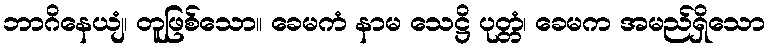
ဘာဂိနေယျံ၊ တူဖြစ်သော။ ခေမကံ နာမ သေဋ္ဌိ ပုတ္တံ၊ ခေမက အမည်ရှိသော